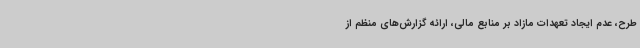
طرح، عدم ایجاد تعهدات مازاد بر منابع مالی، ارائه گزارش‌های منظم از